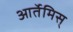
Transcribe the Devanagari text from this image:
आर्तेमिस्‌